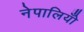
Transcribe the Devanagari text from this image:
नेपालियोँ